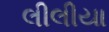
લીલીયા